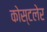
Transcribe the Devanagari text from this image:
कोस्टलेर